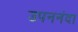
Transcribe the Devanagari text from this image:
उपननंदा